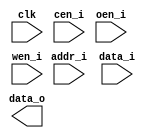
module db_ram_1p_128x8 (
		        clk    ,
		        cen_i  ,
		        oen_i  ,
		        wen_i  ,
		        addr_i ,
		        data_i ,		
		        data_o		        
);

// ********************************************
//                                             
//    Parameter DECLARATION                    
//                                             
// ********************************************
parameter                 Word_Width = 128;
parameter                 Addr_Width = 3;

// ********************************************
//                                             
//    Input/Output DECLARATION                    
//                                             
// ********************************************
input                     clk;      // clock input
input   		          cen_i;    // chip enable, low active
input   		          oen_i;    // data output enable, low active
input   		          wen_i;    // write enable, low active
input   [Addr_Width-1:0]  addr_i;   // address input
input   [Word_Width-1:0]  data_i;   // data input
output	[Word_Width-1:0]  data_o;   // data output

// ********************************************
//                                             
//    Logic DECLARATION                 
//                                             
// ********************************************
`ifdef RTL_MODEL
ram_1p  #(
				.Word_Width ( Word_Width ),
				.Addr_Width ( Addr_Width )
)
ram_1p_128x8(
				.clk    ( clk         ),  
				.cen_i  ( cen_i       ),
				.wen_i  ( wen_i       ),  
				.oen_i  ( oen_i       ),
		        .addr_i ( addr_i 	  ),
		        .data_i ( data_i      ),
		        .data_o ( data_o      )
);
`endif

endmodule